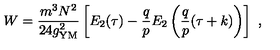
W = { \frac { m ^ { 3 } N ^ { 2 } } { 2 4 g _ { \mathrm { Y M } } ^ { 2 } } } \left[ E _ { 2 } ( \tau ) - { \frac { q } { p } } E _ { 2 } \left( { \frac { q } { p } } ( \tau + k ) \right) \right] \ ,